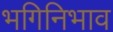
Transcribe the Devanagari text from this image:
भगिनिभाव